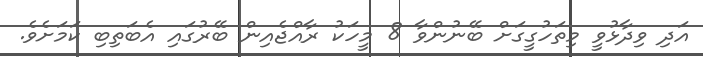
އަދި ވިދާޅުވީ މިތަހުގީގަށް ބޭނުންވާ 8 މީހަކު ރާއްޖެއިން ބޭރުގައި އެބަތިބި ކަމަށެވެ.